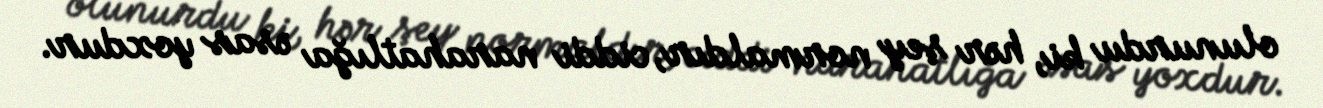
olunurdu ki, hər şey normaldır, ciddi narahatlığa əsas yoxdur.